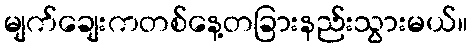
မျက်ချေးကတစ်နေ့တခြားနည်းသွားမယ်။